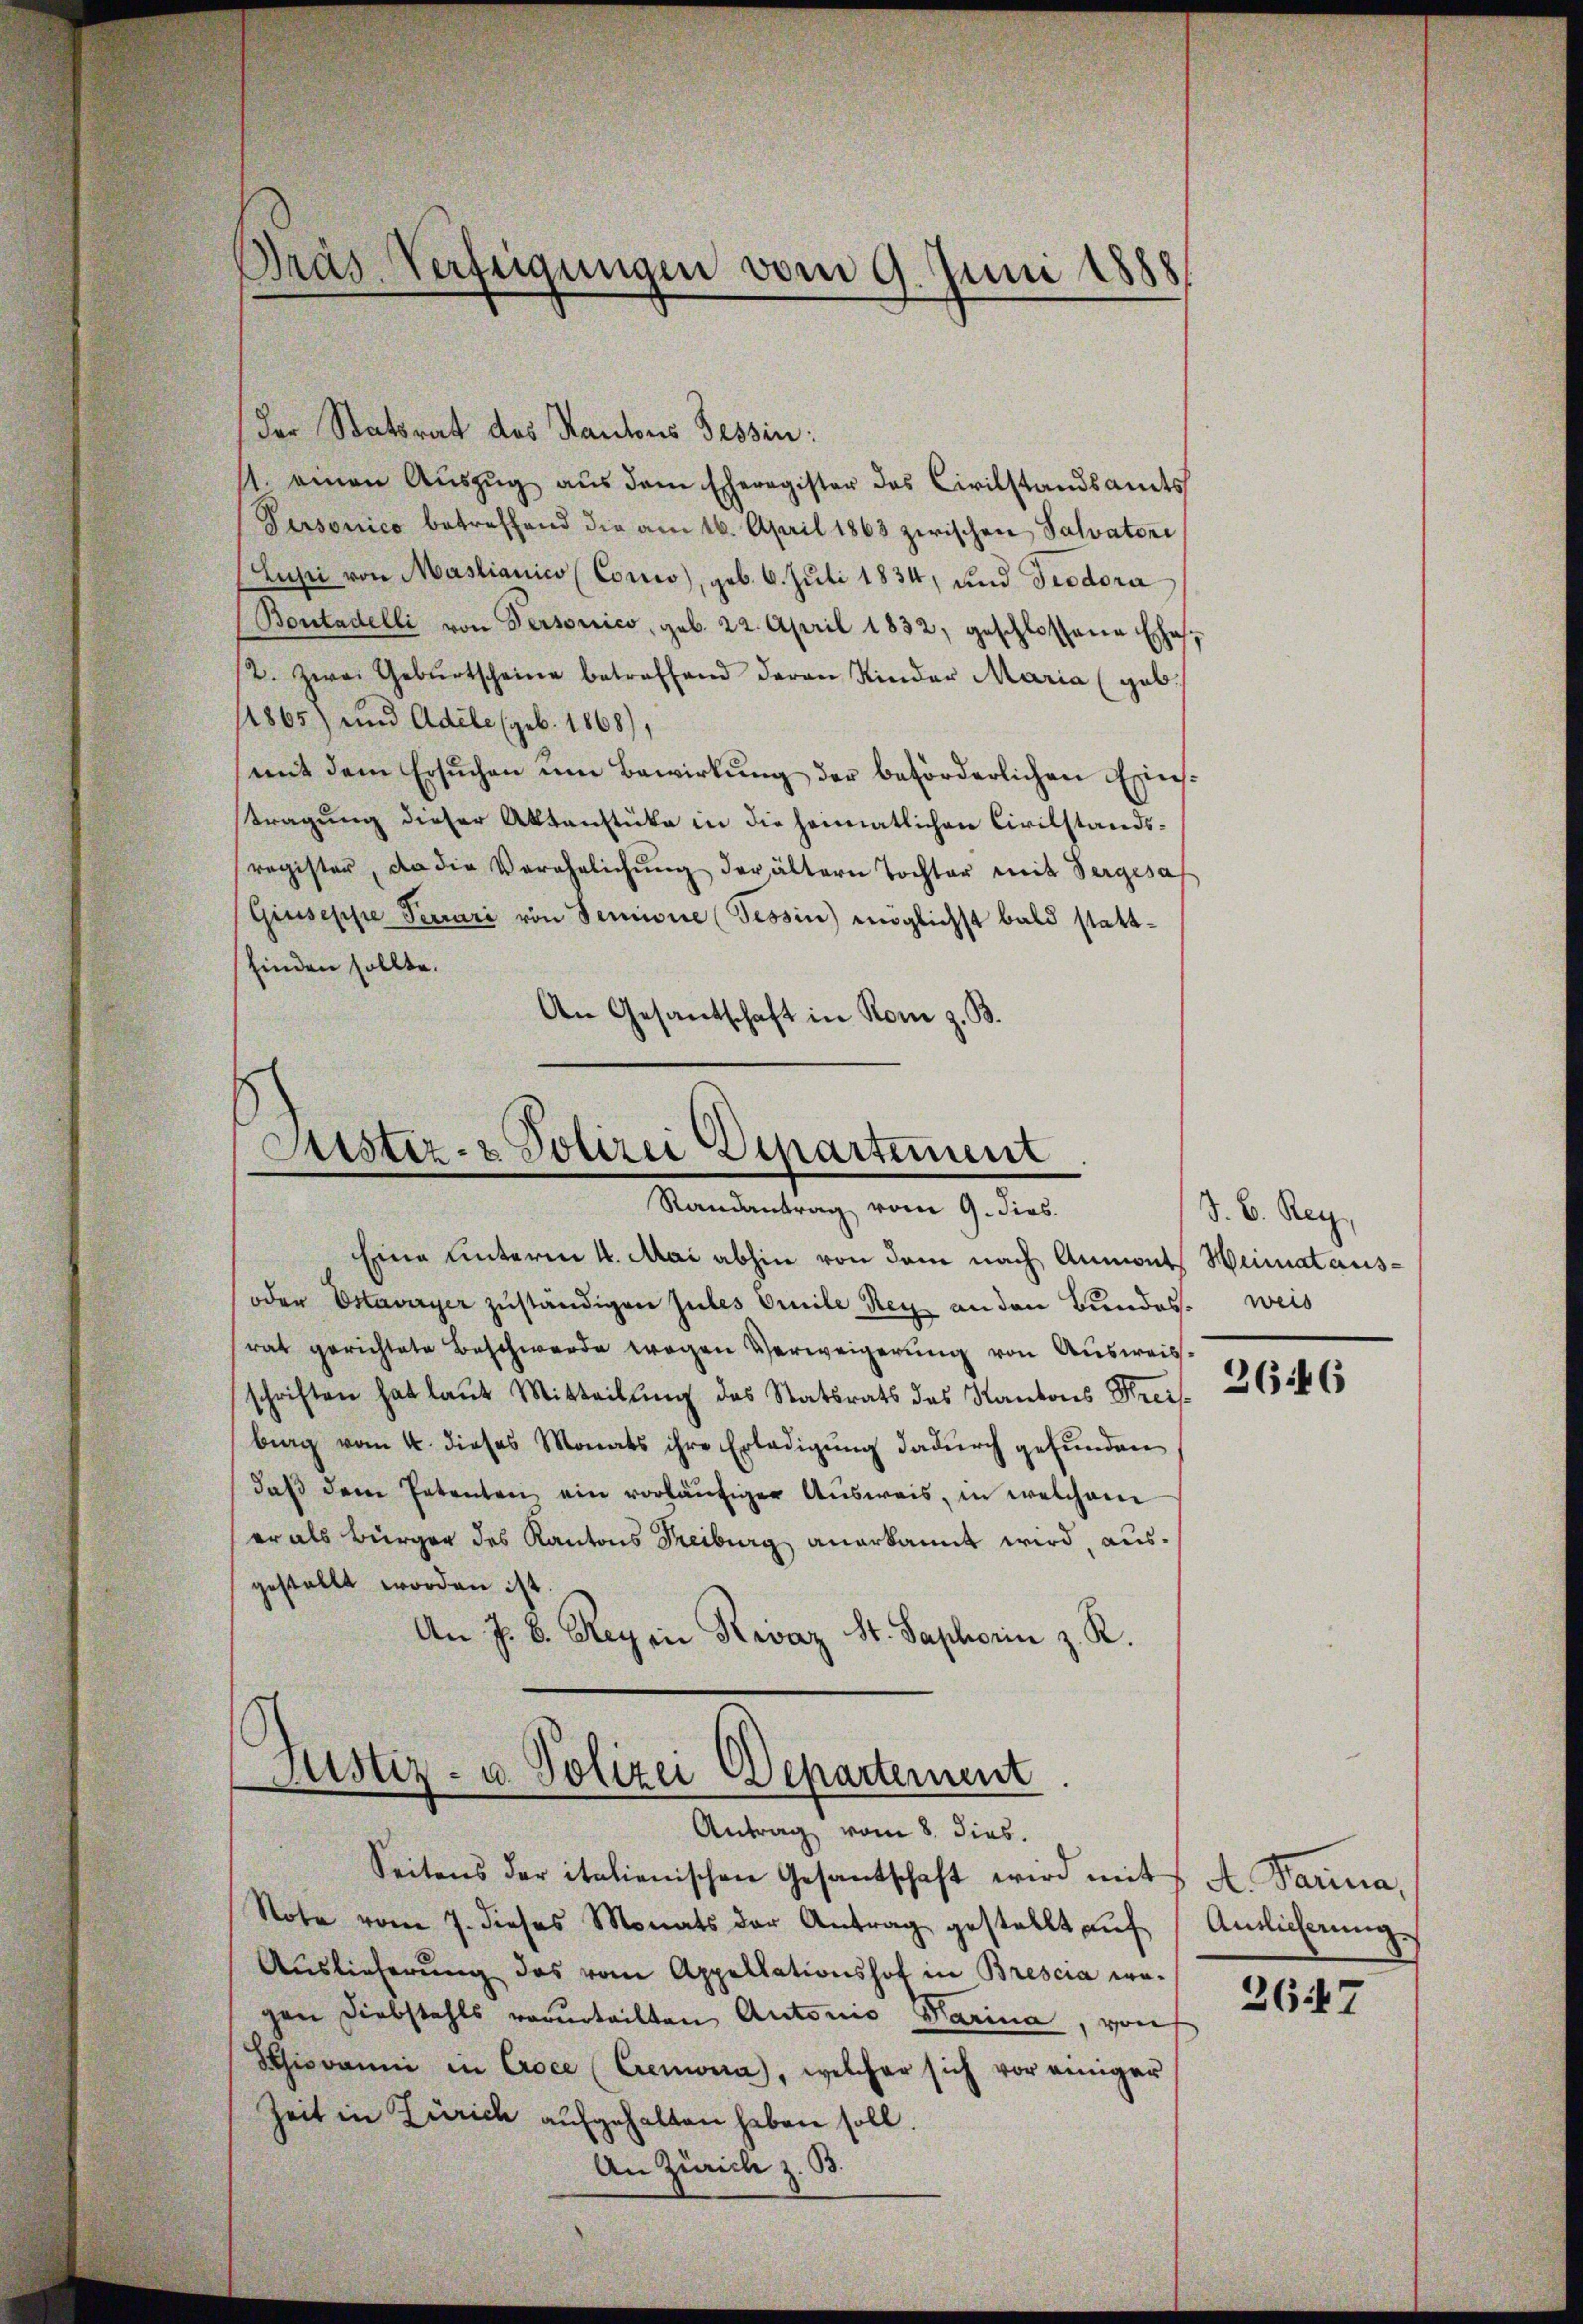
der Statsrat des Kantons Tessin:
11. einen Auszug aus dem Eheregister des Civilstandsamts
Personico betreffend die am 16. April 1863 zwischen Salvatori
Lupi von Mastianico (Conwo), geb. 6. Juli 1834, und Teodora
(Bontadelli von Personico, geb. 22. April 1832, geschlossene Ehe
2. Zwai Gebŭrtscheine betreffend daran Kinder Maria (geb.
14865) und Adele (geb. 1868),
(mit dem Ersŭchen um Bewirkŭng der beförderlichen Einsstragung dieser Aktenstücke in die heimatlichen Civilstandsregister, da die Verehelichŭng der ältern Tochter mit Vergesa
Giuseppe Terrari von Senione (Tessin möglichst bald stattfinden sollte.
An Gesandschaft in Rom z. B.

Bräs Verfügungen vom 9. Juni 1888.

Sistiz- & Polizei Departement
Randantrag vom 9. dies

Eine unterm 4. Mai abhin von dem nach Annont Heimataus¬
oder Estavayer zuständigen Jules Omnile Rey an den Bundes weis
rat gerichtete Beschwerde wegen Verweigerung von Ausweis.
schriften hat laut Mitteilung des Statsrats des Kantons Kreis-
bing vom 4. dieses Monats ihre Erledigung dadurch gefunden
daβ dem Petenten ein vorläŭfiger Aŭsweis, in welchem
er als Bürger des Kantons Freiburg anerkannt wird, ausgestellt worden ist.
An J. B. Regen Revaz St. Saphorin z. R.

Justiz- u. Polizei Departement
Antrag vom 8. dies.

Seitens der italienischen Gesandschaft wird mit A. Tarina,
Note vom 7. dieses Monats der Antrag gestellt aŭf
Auslieferung das vom Appellationshof in Brescia wo-
gen Diebstahls verurteilten Antonio darina, von
Sthiovanni in Croce (Cremonia, welcher sich vor einiger
Zeit in Zürich aufgehalten haben soll.
An Zürich z. B.

J. B. Reg
2646

Anlicherung

2647